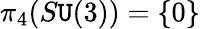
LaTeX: \pi_{4}(S\mathtt{U}(3))=\{ 0\}